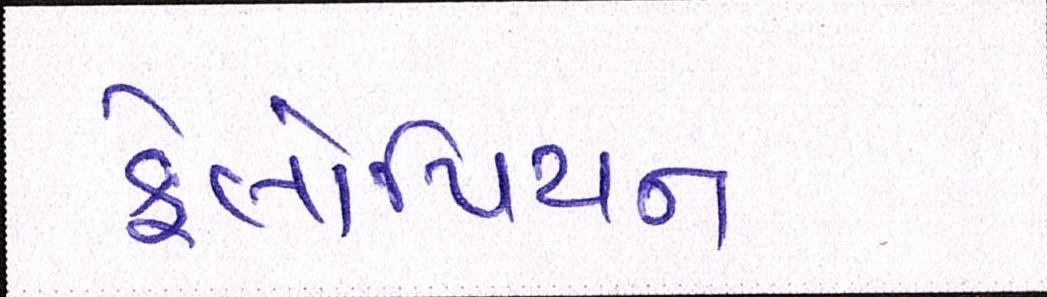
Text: ફેલોપિયન